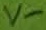
Text: v-